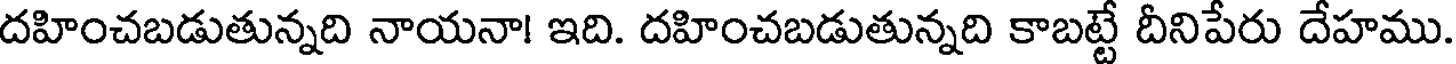
దహించబడుతున్నది నాయనా! ఇది. దహించబడుతున్నది కాబట్టే దీనిపేరు దేహము.